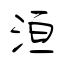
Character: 洹